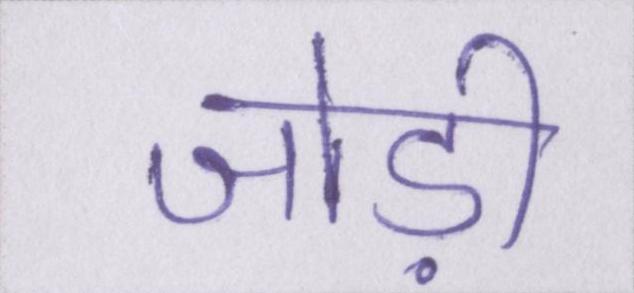
जोड़ी